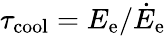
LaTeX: \tau_{\mathrm{cool}}=E_{\mathrm{e}}/\dot{E}_{\mathrm{e}}